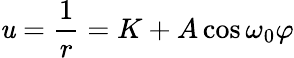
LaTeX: \mathit{u}={\frac{{1}}{{r}}}=K+A\cos\omega_{\mathrm{{0}}}\varphi